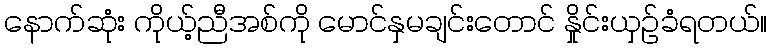
နောက်ဆုံး ကိုယ့်ညီအစ်ကို မောင်နှမချင်းတောင် နှိုင်းယှဉ်ခံရတယ်။